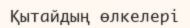
Қытайдың өлкелері